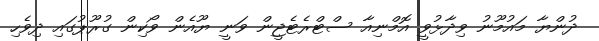
ދުންޔާ މައުމޫނު ވިދާޅުވީ އޮމްނިއާ ސްޓްރެޓެޖީން ވަނީ ޔޫއެން ވޯކިން ގުރޫޕުގައި ދިވެހި